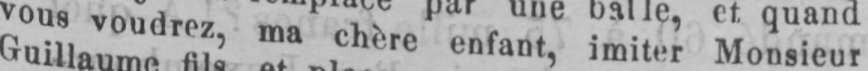
vous voudrez, ma chère enfant, imiter Monsieur